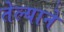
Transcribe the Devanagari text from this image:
तेल्याने